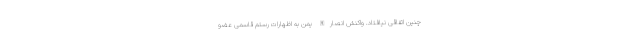
چنین اتفاقی نیافتاد. واکنش انصارالله یمن به اظهارات رستم قاسمی عضو